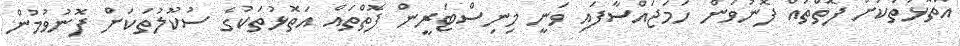
އަތޮޅުތަކަށް ފޮތްތައް ފޮނުވަން ހަމަޖައްސާފައި ވަނީ މިނިސްޓަރީން ފޮތްތައް އަތޮޅުތަކުގެ ސުކޫލުތަކަށް ފޮނުވުމުން